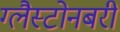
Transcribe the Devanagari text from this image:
ग्लैस्टोनबरी